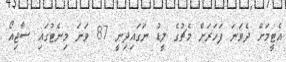
އެޓީމަށް ދެވަނަ ފަހަރަށް މެޗުގެ ލީޑު ނަގައިދިނީ 87 ވަނަ މިނެޓުގައި ސާޖިއޯ